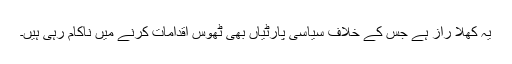
یہ کھلا راز ہے جس کے خلاف سیاسی پارٹیاں بھی ٹھوس اقدامات کرنے میں ناکام رہی ہیں۔